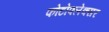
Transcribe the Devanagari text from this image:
फोटोफ्लेक्सर